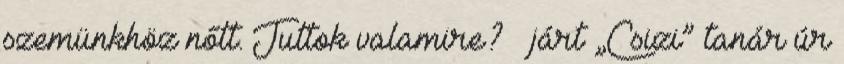
szemünkhöz nőtt. Juttok valamire? – járt „Csizi” tanár úr